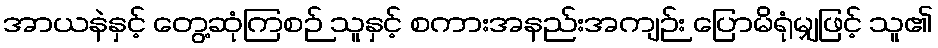
အာယနဲနှင့် တွေ့ဆုံကြစဉ် သူနှင့် စကားအနည်းအကျဉ်း ပြောမိရုံမျှဖြင့် သူ၏